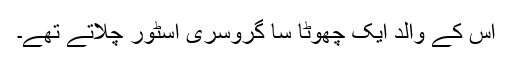
اس کے والد ایک چھوٹا سا گروسری اسٹور چلاتے تھے۔